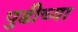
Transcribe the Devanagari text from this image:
पुडीच्या